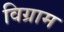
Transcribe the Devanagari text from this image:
विग्राम